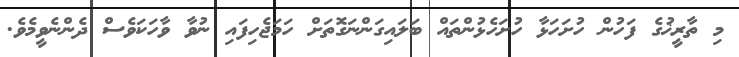
މި ތާރީޚުގެ ފަހުން ހުށަހަޅާ ހުށަހެޅުންތައް ބަލައިގަންނަގޮތަށް ހަމަޖެހިފައި ނުވާ ވާހަކަވެސް ދެންނެވީމެވެ.